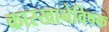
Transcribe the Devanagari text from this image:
कारखानेविषक